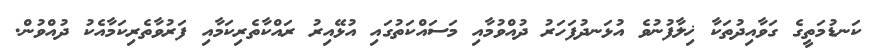
ކަނޑުމަތީގެ ގަވާއިދުތަކާ ޚިލާފުނުވެ އުޅަނދުފަހަރު ދުއްވުމާއި މަސައްކަތުގައި އުޅޭއިރު ރައްކާތެރިކަމާއި ފަރުވާތެރިކަމާއެކު ދުއްވުން.